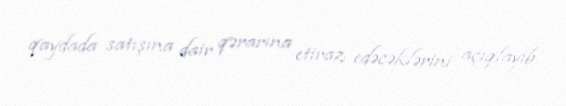
qaydada satışına dair qərarına etiraz edəcəklərini açıqlayıb.